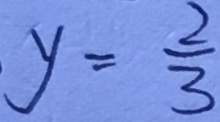
y = \frac { 2 } { 3 }